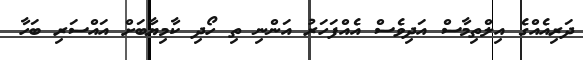
ދަރިއެއްގެ އިލްތިމާސް އަދިވެސް އެއްފަހަރު އަންނި ތި ހޯދި ކާމިޔާބަށް އައްސަރި ބަހާ